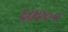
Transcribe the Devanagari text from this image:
६७१००